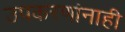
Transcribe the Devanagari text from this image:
उपकरणांनाही